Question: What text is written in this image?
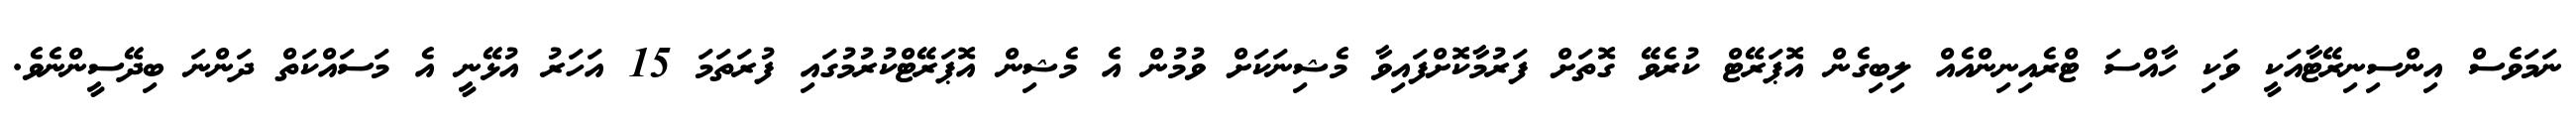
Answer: ނަމަވެސް އިންސިނިރޭޓާއަކީ ވަކި ހާއްސަ ޓްރެއިނިންއެއް ލިބިގެން އޮޕަރޭޓް ކުރެވޭ ގޮތަށް ފަރުމާކޮށްފައިވާ މެޝިނަކަށް ވުމުން އެ މެޝިން އޮޕަރޭޓްކުރުމުގައި ފުރަތަމަ 15 އަހަރު އުޅޭނީ އެ މަސައްކަތް ދަންނަ ބިދޭސީންނެވެ.